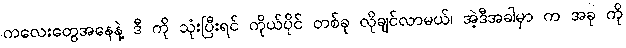
ကလေးတွေအနေနဲ့ ဒီ ကို သုံးပြီးရင် ကိုယ်ပိုင် တစ်ခု လိုချင်လာမယ်၊ အဲ့ဒီအခါမှာ က အခု ကို